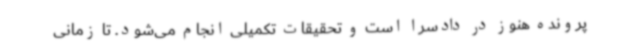
پرونده هنوز در دادسرا است و تحقیقات تکمیلی انجام می‌شود. تا زمانی